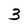
Character: 3